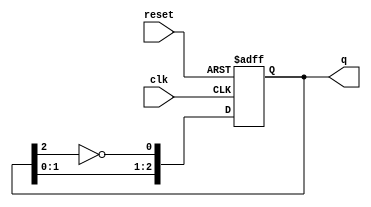
module ring_johnson_counter (
    input wire clk,             // Clock input
    input wire reset,           // Asynchronous reset
    output reg [n-1:0] q        // Output state
);
    parameter n = 3;            // Number of flip-flops (3 for a 3-bit Johnson counter)

    // Sequential logic for the Johnson counter
    always @(posedge clk or posedge reset) begin
        if (reset) begin
            q <= 0;             // Reset the counter to 0
        end else begin
            // Shift the bits and apply the feedback
            q <= {q[n-2:0], ~q[n-1]}; // Shift left and invert the last bit for feedback
        end
    end
endmodule